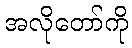
အလိုတော်ကို